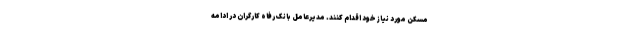
مسکن مورد نیاز خود اقدام کنند. مدیرعامل بانک رفاه کارگران در ادامه